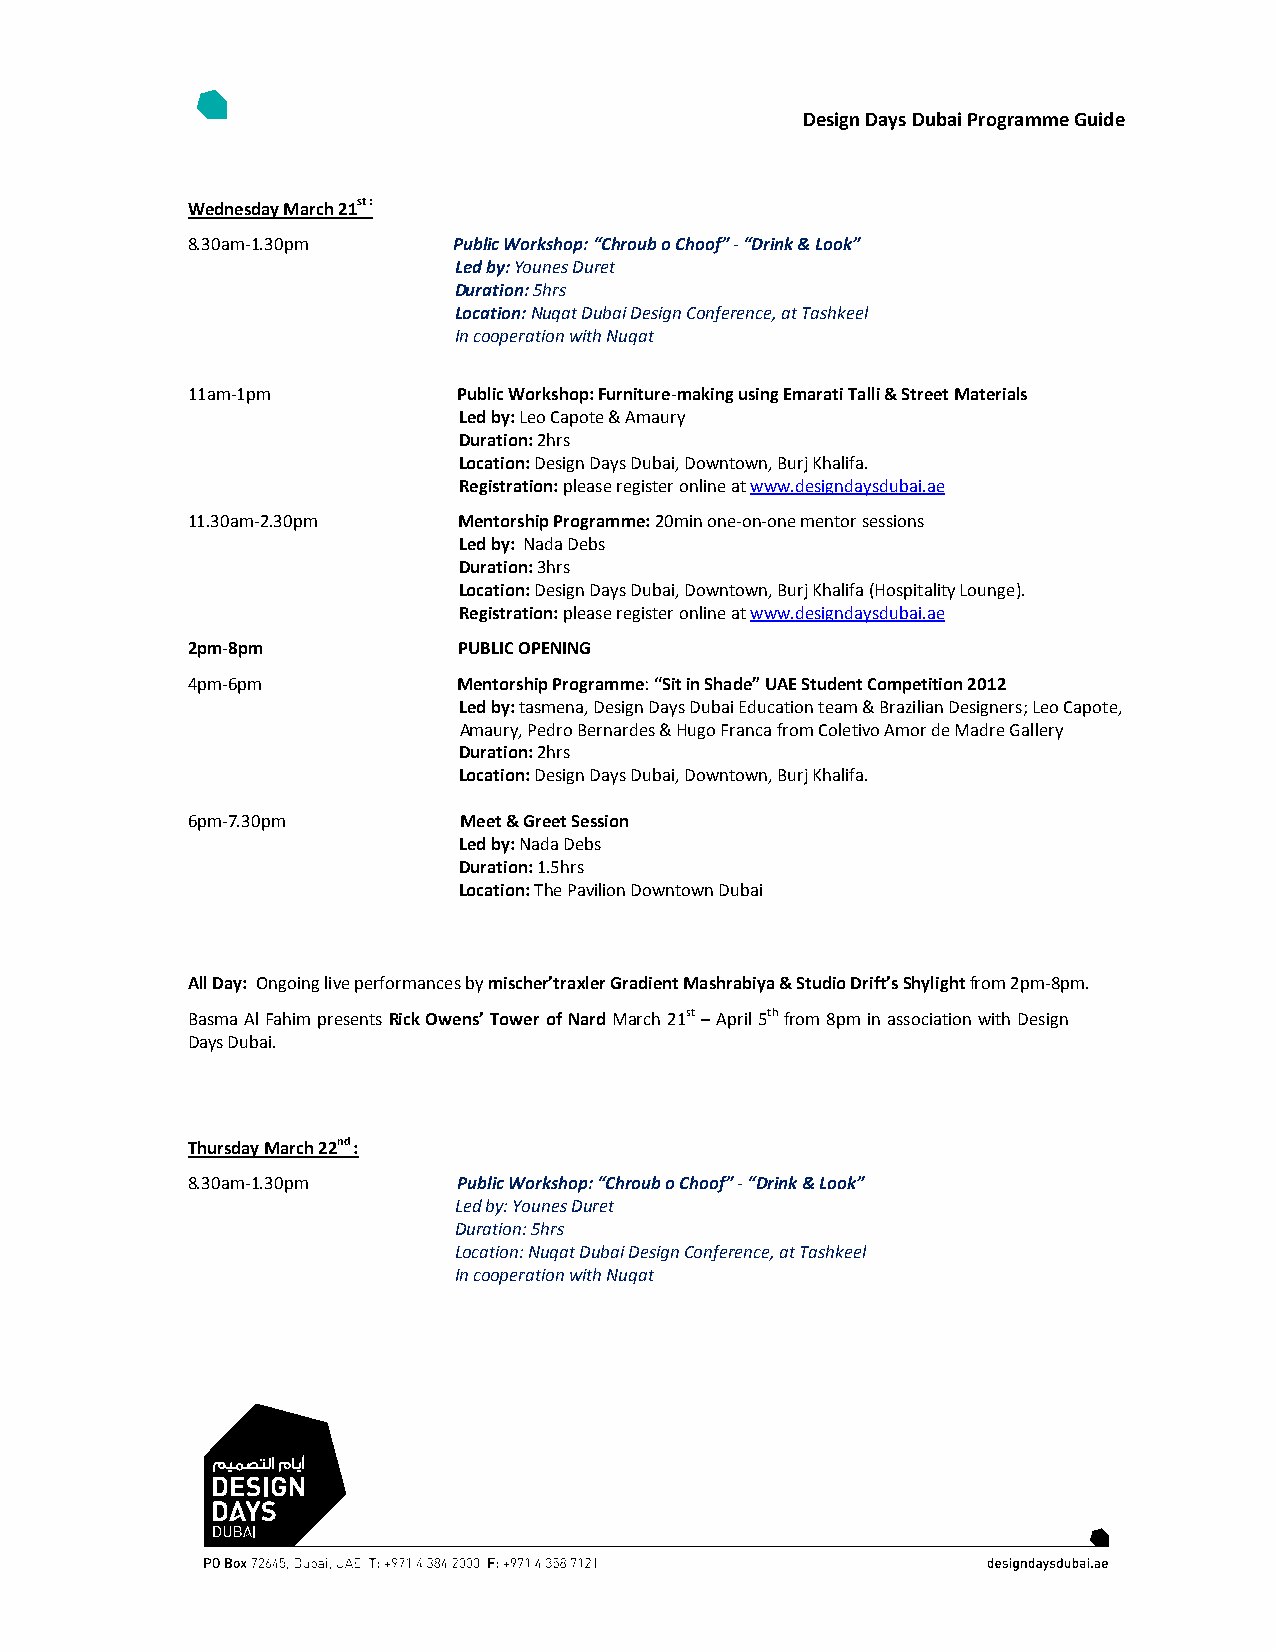
Design Days Dubai Programme Guide
 Wednesday March 21st :
 8.30am-1.30pm     Public Workshop: “Chroub o Choof” - “Drink & Look”
 Led by: Younes Duret
 Duration: 5hrs
 Location: Nuqat Dubai Design Conference, at Tashkeel
 In cooperation with Nuqat
 11am-1pm          Public Workshop: Furniture-making using Emarati Talli & Street Materials
 Led by: Leo Capote & Amaury
 Duration: 2hrs
 Location: Design Days Dubai, Downtown, Burj Khalifa.
 Registration: please register online at www.designdaysdubai.ae
 11.30am-2.30pm    Mentorship Programme: 20min one-on-one mentor sessions
 Led by: Nada Debs
 Duration: 3hrs
 Location: Design Days Dubai, Downtown, Burj Khalifa (Hospitality Lounge).
 Registration: please register online at www.designdaysdubai.ae
 2pm-8pm           PUBLIC OPENING
 4pm-6pm           Mentorship Programme: “Sit in Shade” UAE Student Competition 2012
 Led by: tasmena, Design Days Dubai Education team & Brazilian Designers; Leo Capote,
 Amaury, Pedro Bernardes & Hugo Franca from Coletivo Amor de Madre Gallery
 Duration: 2hrs
 Location: Design Days Dubai, Downtown, Burj Khalifa.
 6pm-7.30pm        Meet & Greet Session
 Led by: Nada Debs
 Duration: 1.5hrs
 Location: The Pavilion Downtown Dubai
 All Day: Ongoing live performances by mischer’traxler Gradient Mashrabiya & Studio Drift’s Shylight from 2pm-8pm.
 Basma Al Fahim presents Rick Owens’ Tower of Nard March 21st – April 5th from 8pm in association with Design
 Days Dubai.
 Thursday March 22nd :
 8.30am-1.30pm     Public Workshop: “Chroub o Choof” - “Drink & Look”
 Led by: Younes Duret
 Duration: 5hrs
 Location: Nuqat Dubai Design Conference, at Tashkeel
 In cooperation with Nuqat